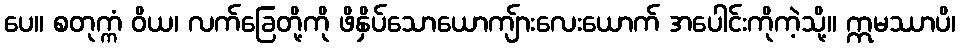
ပေ။ စတုက္ကံ ဝိယ၊ လက်ခြေတို့ကို ဖိနှိပ်သောယောကျ်ားလေးယောက် အပေါင်းကိုကဲ့သို့။ ဣမဿာပိ၊